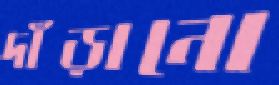
দাঁড়ানো